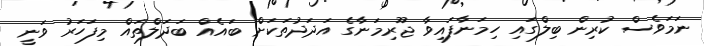
ނަމަވެސް ކުރިން ބިލްގައި ހިމަނާފައިވާ ޖޫރިމަނާގެ އަދަދުތަކަށް ބައެއް ބަދަލްތައް މިފަހަރު ވަނީ